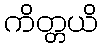
ကိတ္တယိ